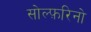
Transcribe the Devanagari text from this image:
सोल्फ़रिनो